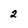
Character: 2